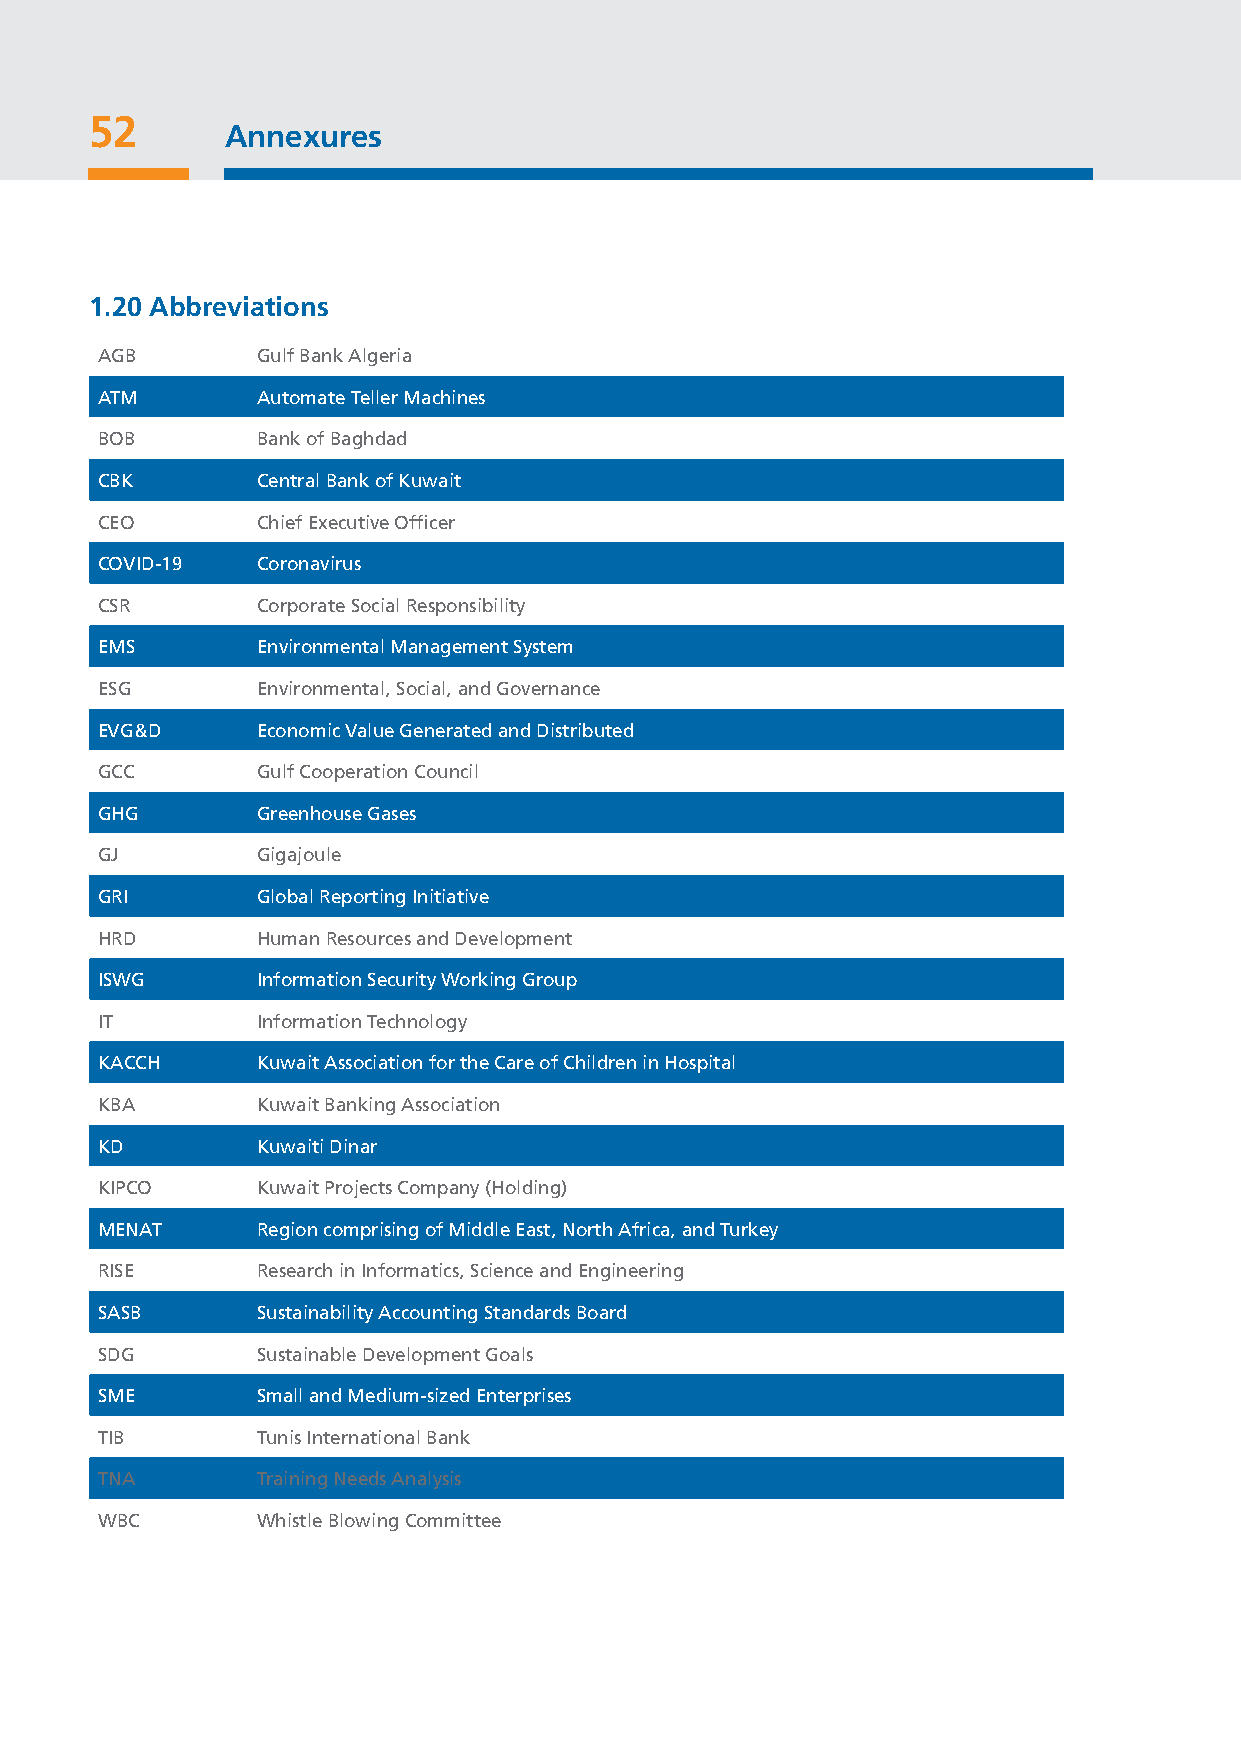
52
 Annexures
 1.20 Abbreviations
 AGB        Gulf Bank Algeria
 ATM        Automate Teller Machines
 BOB        Bank of Baghdad
 CBK        Central Bank of Kuwait
 CEO        Chief Executive Officer
 COVID-19   Coronavirus
 CSR        Corporate Social Responsibility
 EMS        Environmental Management System
 ESG        Environmental, Social, and Governance
 EVG&D      Economic Value Generated and Distributed
 GCC        Gulf Cooperation Council
 GHG        Greenhouse Gases
 GJ         Gigajoule
 GRI        Global Reporting Initiative
 HRD        Human Resources and Development
 ISWG       Information Security Working Group
 IT         Information Technology
 KACCH      Kuwait Association for the Care of Children in Hospital
 KBA        Kuwait Banking Association
 KD         Kuwaiti Dinar
 KIPCO      Kuwait Projects Company (Holding)
 MENAT      Region comprising of Middle East, North Africa, and Turkey
 RISE       Research in Informatics, Science and Engineering
 SASB       Sustainability Accounting Standards Board
 SDG        Sustainable Development Goals
 SME        Small and Medium-sized Enterprises
 TIB        Tunis International Bank
 TNA        Training Needs Analysis
 WBC        Whistle Blowing Committee